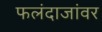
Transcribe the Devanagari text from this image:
फलंदाजांवर